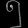
Digit: ၅